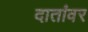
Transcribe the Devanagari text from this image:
दातांवर